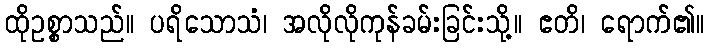
ထိုဥစ္စာသည်။ ပရိသောသံ၊ အလိုလိုကုန်ခမ်းခြင်းသို့။ ဧတိ၊ ရောက်၏။